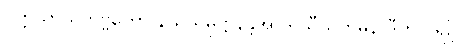
ပတ္တိယာယိတဗ္ဗကော နယသမုဋ္ဌာနန္တိအာဒိ သီသကမ္ပနာဒီဟိ ပရဉှိ